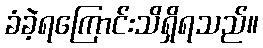
ခံခဲ့ရကြောင်းသိရှိရသည်။